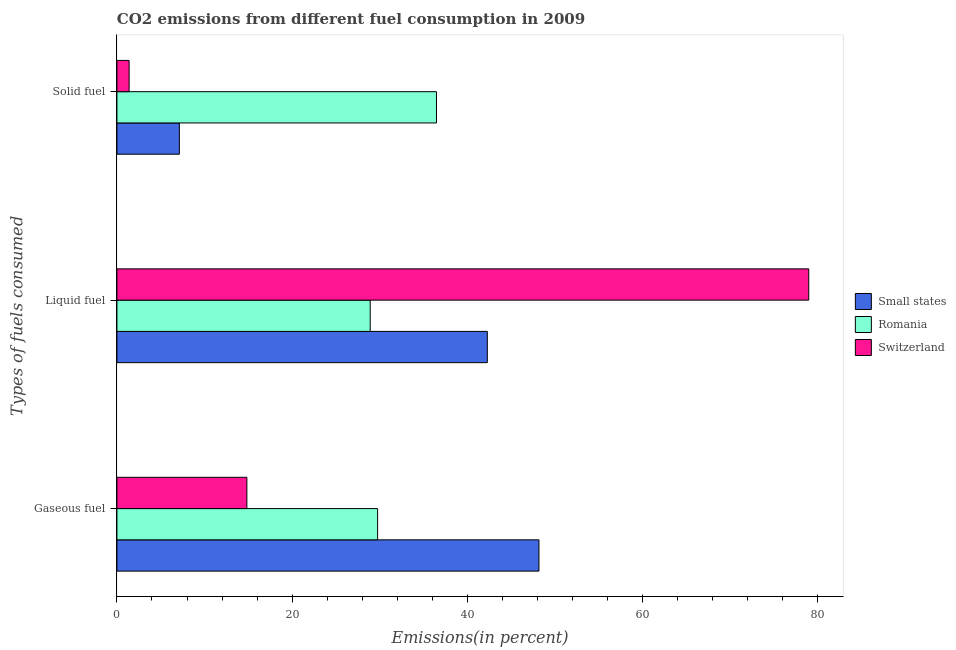
| Types of fuels consumed | Small states | Romania | Switzerland |
 | --- | --- | --- | --- |
 | Gaseous fuel | 48.2 | 29.8 | 14.8 |
 | Liquid fuel | 42.3 | 28.9 | 79 |
 | Solid fuel | 7.13 | 36.5 | 1.39 |